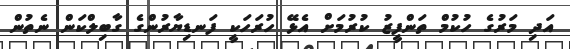
އަދި މަރުގެ ހުކުމް ތަންފީޒު ކުރުމަށް އެޅޭ ހުރަހަކީ ފަނޑިޔާރުންގެ ގާބިލްކަން ނެތުން